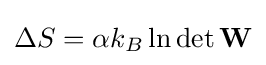
\Delta S=\alpha k_{B}\ln \det \mathbf {W}